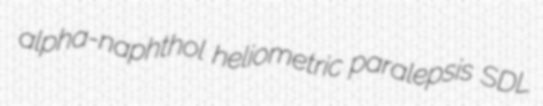
alpha-naphthol heliometric paralepsis SDL